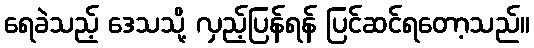
ရေခဲသည့် ဒေသသို့ လှည့်ပြန်ရန် ပြင်ဆင်ရတော့သည်။